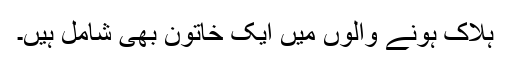
ہلاک ہونے والوں میں ایک خاتون بھی شامل ہیں۔